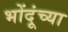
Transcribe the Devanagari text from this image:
भोंदूंच्या